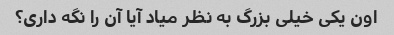
اون یکی خیلی بزرگ به نظر میاد آیا آن را نگه داری؟